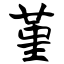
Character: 堇